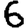
Digit: 6